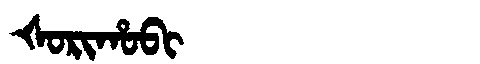
Manchu: ᡧᠣᡵᡳᡥᠣᠪᡳ
Romanization: ŠORIHOBI